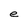
Character: e